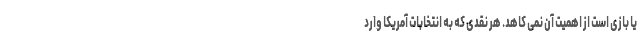
یا بازی است از اهمیت آن نمی کاهد. هر نقدی که به انتخابات آمریکا وارد